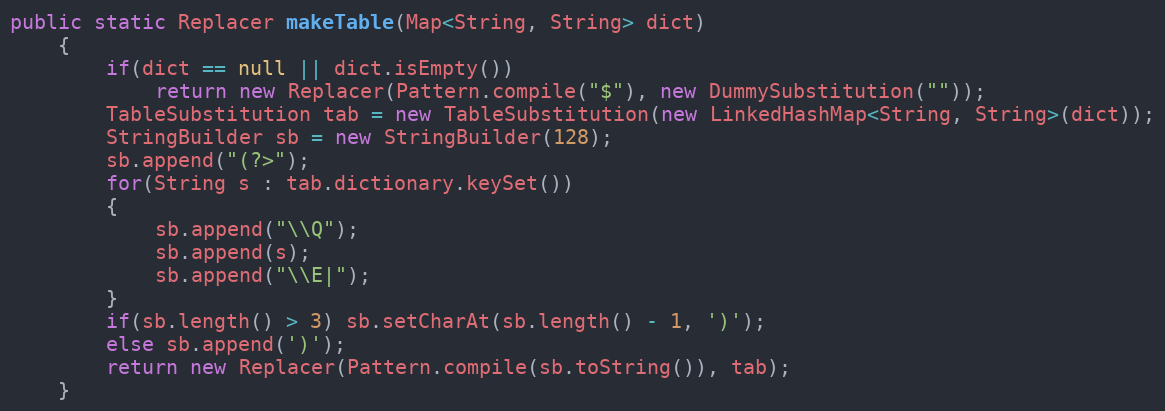
Language: Java
public static Replacer makeTable(Map<String, String> dict)
    {
        if(dict == null || dict.isEmpty())
            return new Replacer(Pattern.compile("$"), new DummySubstitution(""));
        TableSubstitution tab = new TableSubstitution(new LinkedHashMap<String, String>(dict));
        StringBuilder sb = new StringBuilder(128);
        sb.append("(?>");
        for(String s : tab.dictionary.keySet())
        {
            sb.append("\\Q");
            sb.append(s);
            sb.append("\\E|");
        }
        if(sb.length() > 3) sb.setCharAt(sb.length() - 1, ')');
        else sb.append(')');
        return new Replacer(Pattern.compile(sb.toString()), tab);
    }